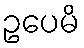
ဥပေမိ